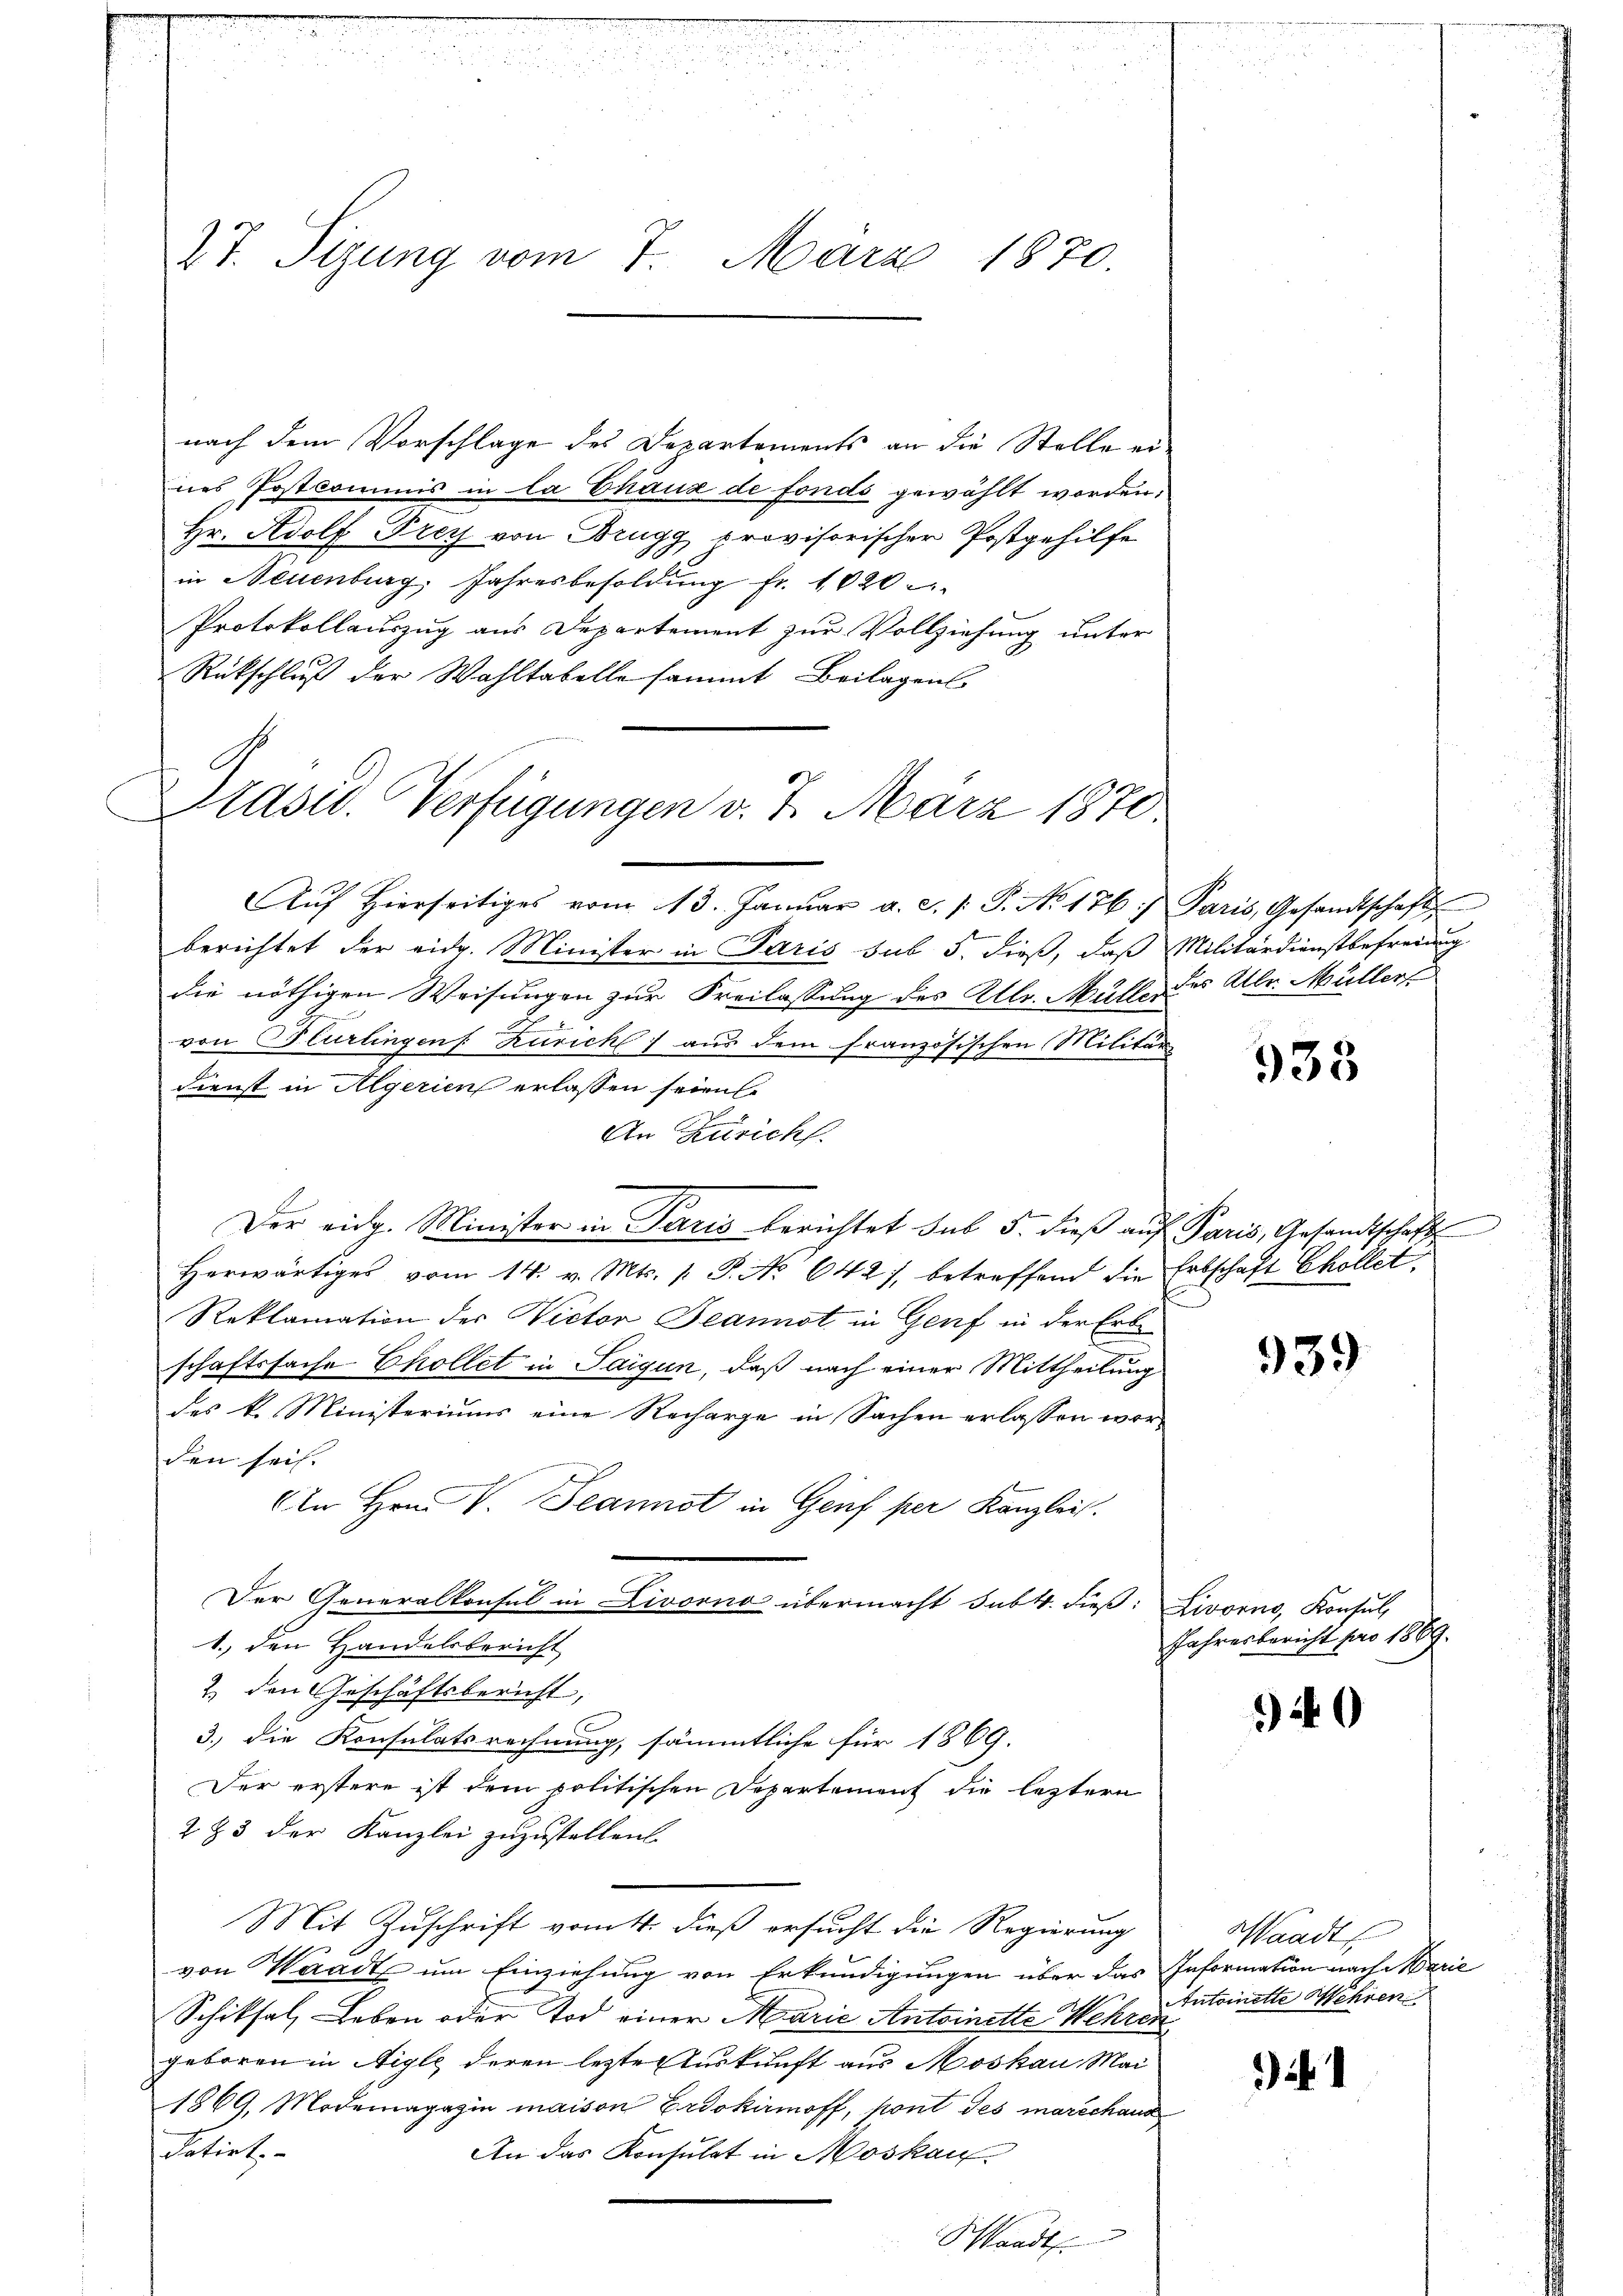
27. Sizung vom 7. März 1870.

nach dem Vorschlage des Departements an die Stelle eines Postcommis in la Chaux de fonds gewählt worden;
Hr. Adolf Frey von Brugg provisorischer Postgehilfe
in Neuenburg, Jahresbesoldŭng fr. 1020
Protokollauszug aus Departement zur Vollziehung unter
Rückschluß der Wahltabelle sammt Beilagens
asid. Verfügungen v. 7. März 1870.

Aŭf Hierseitiges vom 13. Janŭar a. c. 1. P. No 176) Paris, Gesandtschaft
berichtet der eidg. Minister in Paris sub 5. dieß, daß Militärdienstbefreiung
die nöthigen Weisungen zur Freilassung des Ullr. Müller des Alle Müller
von Plurlingen: Zürich) aus dem französischen Militär
Dienst in Algerien erlassen seien.
An Zürich.
Der eidg. Minister in Paris berichtet sub 5. dieβ aŭf Paris, Gesandtschaft
herwärtiges vom 14. v. Mts. 1. P. No 642), betreffend die Erbschaft Chollet,
Reklamation der Victor Jeannst in Genf in der Erbe
schaftssache Chollet in Saigun, daß nach einer Mittheilung
des k. Ministeriums eine Recharge in Sachen erlassen worden sei.
In Hrn. V. Jeannot in Genf per Kanzlei.
Der Generalkonsul in Livorno übermacht sub 4. dieß: Livorno, Konsul,
1. den Handelsbericht
2) den Geschäftsbericht,
3.) die Konsulatsrechnung, sämmtliche für 1869.
Der erstere ist dem politischen Departement die leztern
223 der Kanzlei zuzustellen.
Mit Zuschrift vom 4. dieß ersucht die Regierung
von Waadt um Einziehung von Erkundigungen über das Information nach Marie
Schiksal, Leben oder Tod einer Marie Antoinette Wehren
geboren in Aigle deren letzte Auskunft aus Moskau Mai
1869, Modemagazin maison Erdokirmoff, pont des marschaus
datirt.
An das Konsulat in Moskau
Schlandt

933

939

Jahresbericht pro 1869.

940

sandt
Antoinette Mehren

) Nr. 1